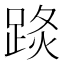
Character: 𨁣